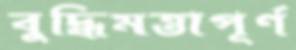
বুদ্ধিমত্তাপূর্ণ